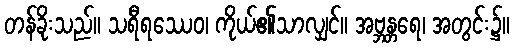
တန်ခိုးသည်။ သရီရဿေဝ၊ ကိုယ်၏သာလျှင်။ အဗ္ဘန္တရေ၊ အတွင်း၌။